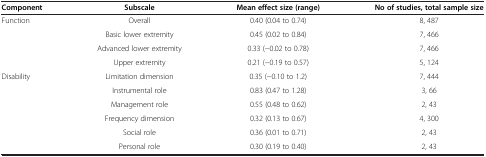
<table><thead><tr><td><b>Component</b></td><td><b>Subscale</b></td><td><b>Mean effect size (range)</b></td><td><b>No of studies, total sample size</b></td></tr></thead><tbody><tr><td rowspan="4">Function</td><td>Overall</td><td>0.40 (0.04 to 0.74)</td><td>8, 487</td></tr><tr><td>Basic lower extremity</td><td>0.45 (0.02 to 0.84)</td><td>7, 466</td></tr><tr><td>Advanced lower extremity</td><td>0.33 (−0.02 to 0.78)</td><td>7, 466</td></tr><tr><td>Upper extremity</td><td>0.21 (−0.19 to 0.57)</td><td>5, 124</td></tr><tr><td rowspan="5">Disability</td><td>Limitation dimension</td><td>0.35 (−0.10 to 1.2)</td><td>7, 444</td></tr><tr><td>Instrumental role</td><td>0.83 (0.47 to 1.28)</td><td>3, 66</td></tr><tr><td>Management role</td><td>0.55 (0.48 to 0.62)</td><td>2, 43</td></tr><tr><td>Frequency dimension</td><td>0.32 (0.13 to 0.67)</td><td>4, 300</td></tr><tr><td>Social role</td><td>0.36 (0.01 to 0.71)</td><td>2, 43</td></tr><tr><td> </td><td>Personal role</td><td>0.30 (0.19 to 0.40)</td><td>2, 43</td></tr></tbody></table>